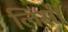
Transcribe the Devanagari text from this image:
लिसी